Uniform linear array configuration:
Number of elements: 64
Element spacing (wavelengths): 0.75
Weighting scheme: cosine
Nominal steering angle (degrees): -15
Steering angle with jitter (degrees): -14.594
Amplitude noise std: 0.05
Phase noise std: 0.05

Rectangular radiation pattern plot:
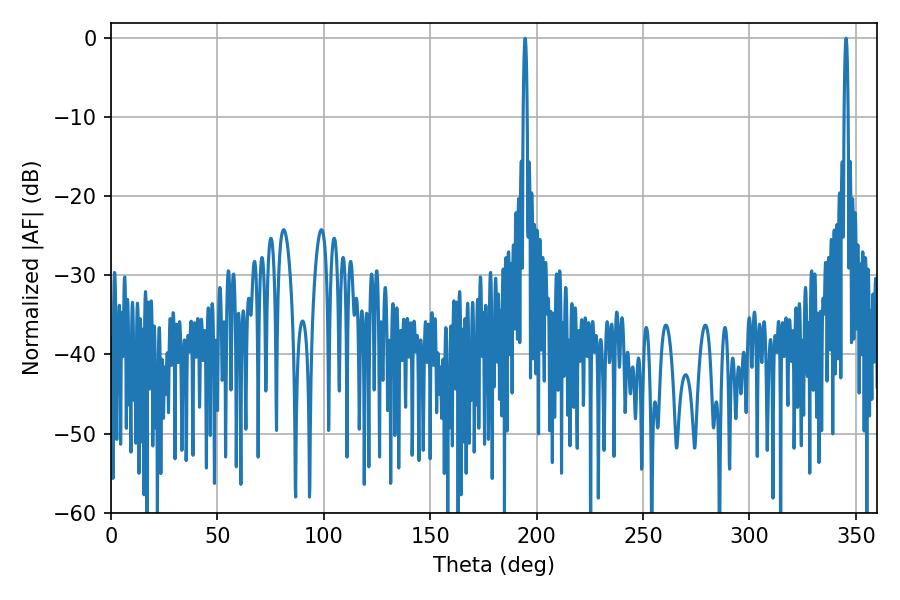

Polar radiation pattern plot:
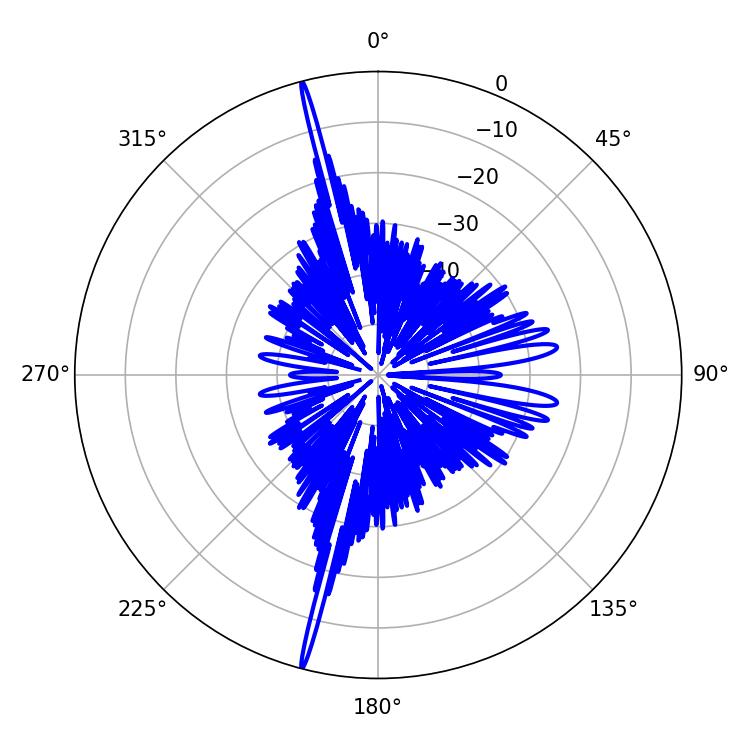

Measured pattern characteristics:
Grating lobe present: TRUE
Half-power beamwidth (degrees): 1.08
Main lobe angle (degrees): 194.58